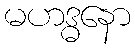
မဟဒ္ဓနော